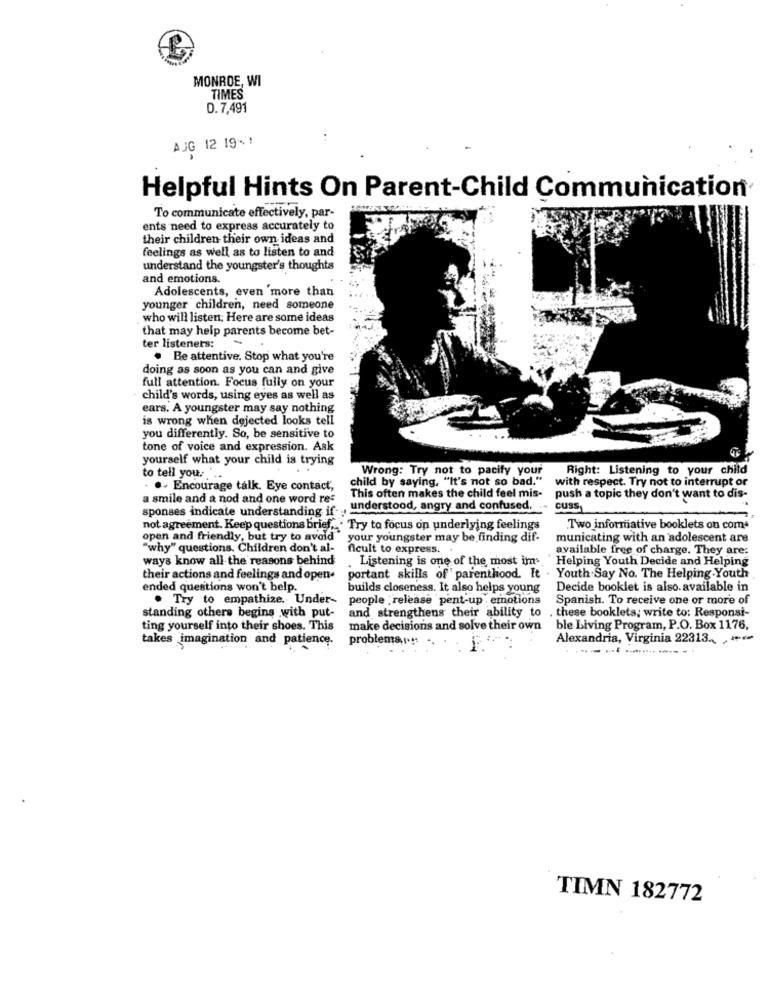
MONROE, WI
TIMES
0.7,491
AUG 12 19% !
Helpful Hints On Parent-Child Communication
To communicate effectively, par-
ents need to express accurately to
their children their own ideas and
feelings as well as to listen to and
understand the youngster's thoughts
and emotions.
Adolescents, even more than
younger children, need someone
who will listen; Here are some ideas
that may help parents become bet-
-
ter listeners:
. Be attentive. Stop what you're
doing as soon as you can and give
full attention. Focus fully on your
child's words, using eyes as well as
ears. A youngster may say nothing
is wrong when dejected looks tell
you differently. So, be sensitive to
tone of voice and expression. Ask
yourself what your child is trying
Wrong: Try not to pacify your
Right: Listening to your child
to tell you ...
child by saying, "It's not so bad."
with respect. Try not to interrupt or
.. Encourage talk. Eye contact,
This often makes the child feel mis-
a smile and a nod and one word res
push a topic they don't want to dis-
sponses indicate understanding if- understood, angry and confused. - cuss
not agreement. Keep questions brief, . Try to focus on underlying feelings
Two informative booklets on com.
open and friendly, but try to avoid"
your youngster may be finding dif-
municating with an adolescent are
"why" questions. Children don't al- ficult to express. .
available free of charge. They are:
ways know all the reasons behind
Listening is one of the most ims Helping Youth Decide and Helping
their actions and feelings and open-
portant skills of' parenthood. It . Youth Say No. The Helping.Youth
ended questions won't belp.
builds closeness. It also helps young
Decide booklet is also. available in
. Try to empathize. Under-
people release pent-up emotions
Spanish. To receive one or more of
standing others begins with put-
and strengthens their ability to . these booklets; write to: Responsi-
ting yourself into their shoes. This
make decisions and solve their own
ble Living Program, P.O. Box 1176,
takes imagination and patience.
problema,i .:
Alexandria, Virginia 22313 .. ***
TIMN 182772